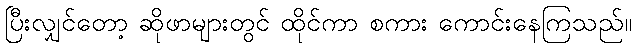
ပြီးလျှင်တော့ ဆိုဖာများတွင် ထိုင်ကာ စကား ကောင်းနေကြသည်။